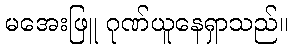
မအေးဖြူ ဂုဏ်ယူနေရှာသည်။